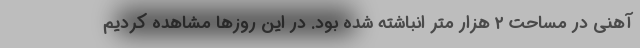
آهنی در مساحت ۲ هزار متر انباشته شده بود. در این روزها مشاهده کردیم